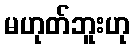
မဟုတ်ဘူးဟု